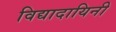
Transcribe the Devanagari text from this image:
विद्यादायिनी